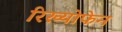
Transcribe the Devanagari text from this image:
रिख्योफेन